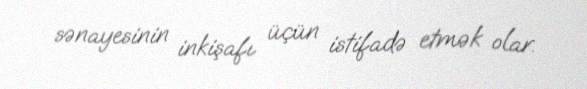
sənayesinin inkişafı üçün istifadə etmək olar.